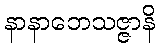
နာနာဘေသဇ္ဇာနိ